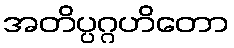
အတိပ္ပဂ္ဂဟိတော